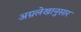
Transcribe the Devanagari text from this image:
अग्रलेखानुसार